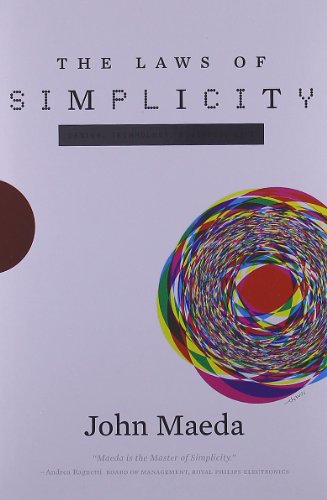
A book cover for The Laws of Simplicity (Simplicity: Design, Technology, Business, Life); John Maeda; Engineering & Transportation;